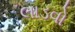
લાડવો